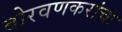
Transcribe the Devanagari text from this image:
बोरवणकरांचा